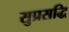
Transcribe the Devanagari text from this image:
सुप्रसद्धि